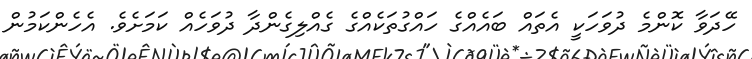
ހޭދަވާ ކޮންމެ ދުވަހަކީ އެތައް ބައެއްގެ ހައްގުތަކެއްގެ ގެއްލިގެންދާ ދުވަހެއް ކަމަށެވެ. އެހެންކަމުން